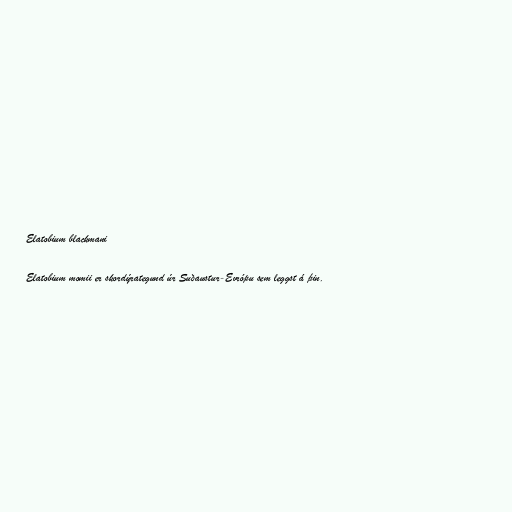
Elatobium blackmani

Elatobium momii er skordýrategund úr Suðaustur-Evrópu sem leggst á þin.